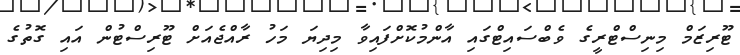
ޓޫރިޒަމް މިނިސްޓްރީގެ ވެބްސައިޓްގައި އާންމުކޮށްފައިވާ މިދިޔަ މަހު ރާއްޖެއަށް ޓޫރިސްޓުން އައި ގޮތުގެ